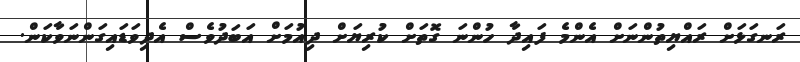
ރަނގަޅަށް ރައްޔިތުންނަށް އެންމެ ފައިދާ ހުންނަ ގޮތަށް ކުރިޔަށް ދިއުމަށް އަބަދުވެސް އެދިވަޑައިގަންނަވާކަން.